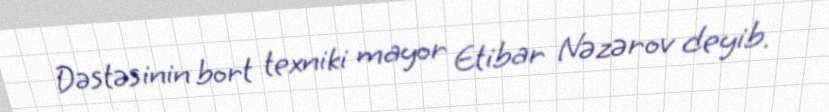
Dəstəsinin bort texniki mayor Etibar Nəzərov deyib.